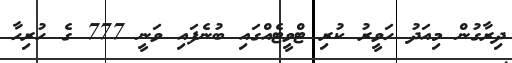
ދިރާގުން މިއަދު ހަވީރު ކުރި ޓްވީޓެއްގައި ބުނެފައި ވަނީ 777 ގެ ހުރިހާ